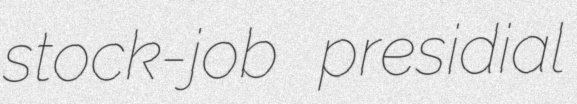
stock-job presidial